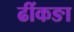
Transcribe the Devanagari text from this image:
ढींकङा